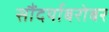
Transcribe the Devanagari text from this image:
सौंदर्याबरोबर